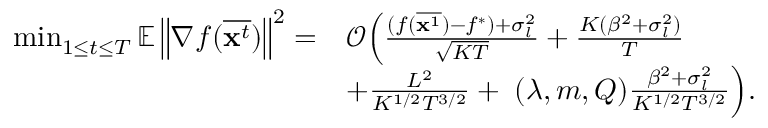
\begin{array} { r l } { \operatorname* { m i n } _ { 1 \le t \le T } \mathbb { E } \left\| \nabla f ( \overline { { \mathbf { x } ^ { t } } } ) \right\| ^ { 2 } = } & { \mathcal { O } \Big ( \frac { ( f ( \overline { { { \bf x } ^ { 1 } } } ) - f ^ { * } ) + \sigma _ { l } ^ { 2 } } { \sqrt { K T } } + \frac { K ( \beta ^ { 2 } + \sigma _ { l } ^ { 2 } ) } { T } } \\ & { + \frac { L ^ { 2 } } { K ^ { 1 / 2 } T ^ { 3 / 2 } } + { \bf \Phi } ( \lambda , m , Q ) \frac { \beta ^ { 2 } + \sigma _ { l } ^ { 2 } } { K ^ { 1 / 2 } T ^ { 3 / 2 } } \Big ) . } \end{array}